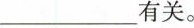
___有关。